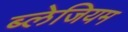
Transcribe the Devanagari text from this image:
ब्लेजियम